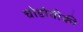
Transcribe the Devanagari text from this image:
चोडोवीकी